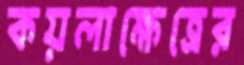
কয়লাক্ষেত্রের